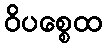
ဝိပစ္စေထ